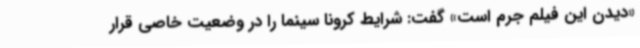
«دیدن این فیلم جرم است» گفت: شرایط کرونا سینما را در وضعیت خاصی قرار